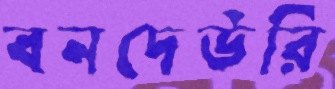
বনদেউরি